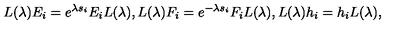
L ( \lambda ) E _ { i } = e ^ { \lambda s _ { i } } E _ { i } L ( \lambda ) , L ( \lambda ) F _ { i } = e ^ { - \lambda s _ { i } } F _ { i } L ( \lambda ) , L ( \lambda ) h _ { i } = h _ { i } L ( \lambda ) ,